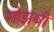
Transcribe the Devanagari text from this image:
मोझबी